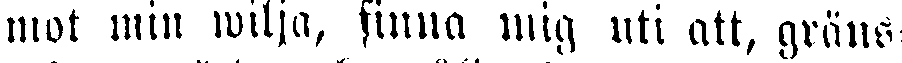
mot min wilja, finna ung uti att, gräns-